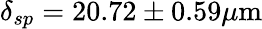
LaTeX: \delta_{sp}=20.72\pm 0.59\mu\mathrm{m}